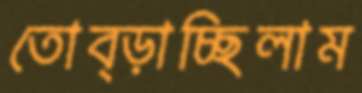
তোব্‌ড়াচ্ছিলাম